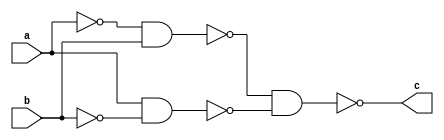
`timescale 1ns / 1ps
module _Xor(input a,b,
    output c);
    wire _a,_b,_ab,a_b;
    nand X1(_a,a,a);
    nand X2(_b,b,b);
    nand X3(_ab,_a,b);
    nand X4(a_b,a,_b);
    nand X5(c,_ab,a_b);
endmodule